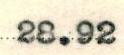
28.92